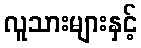
လူသားများနှင့်